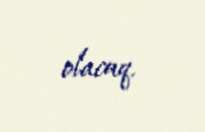
olacaq.